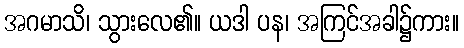
အဂမာသိ၊ သွားလေ၏။ ယဒါ ပန၊ အကြင်အခါ၌ကား။